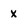
Character: X